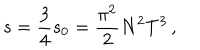
s = \frac 3 4 s _ { 0 } = \frac { \pi ^ { 2 } } 2 N ^ { 2 } T ^ { 3 } \, ,